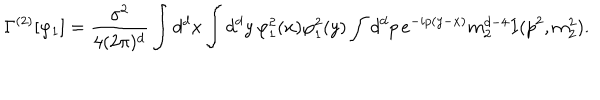
LaTeX: \Gamma ^ { ( 2 ) } [ \varphi _ { 1 } ] = \frac { \sigma ^ { 2 } } { 4 ( 2 \pi ) ^ { d } } \int d ^ { d } x \int d ^ { d } y \, \varphi _ { 1 } ^ { 2 } ( x ) \varphi _ { 1 } ^ { 2 } ( y ) \int d ^ { d } p \, e ^ { - i p ( y - x ) } m _ { 2 } ^ { d - 4 } I ( p ^ { 2 } , m _ { 2 } ^ { 2 } ) .